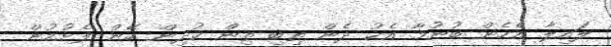
ލައިލާ އެހެން ބުނުމާ އެކު ދެން ތިބި ތިން ކުދިން ހޭން ފެށުމުން